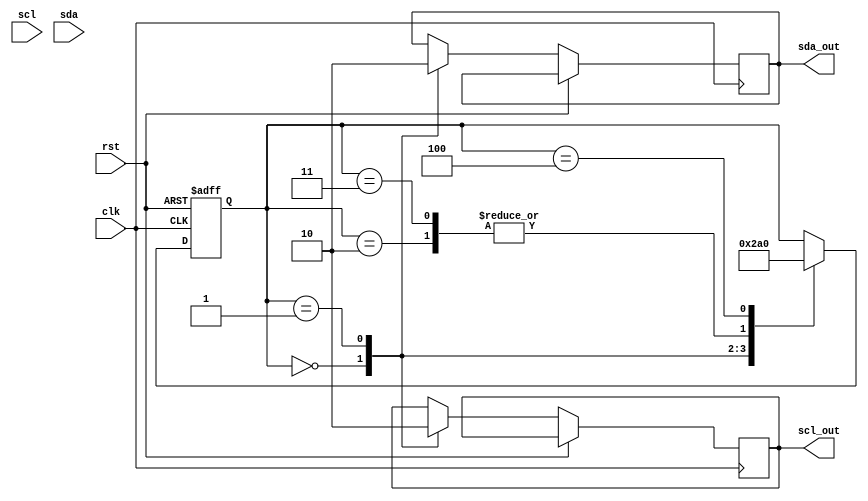
module i2c_timing_control (
    input wire clk,
    input wire rst,
    input wire scl,
    input wire sda,
    output reg scl_out,
    output reg sda_out
);

reg [2:0] state;
parameter IDLE = 0, START = 1, READ = 2, WRITE = 3, ACK = 4;

always @(posedge clk or posedge rst) begin
    if (rst) begin
        state <= IDLE;
    end else begin
        case (state)
            IDLE: begin
                scl_out <= 1;
                sda_out <= 1;
                state <= START;
            end
            START: begin
                scl_out <= 0;
                sda_out <= 0;
                state <= READ;
            end
            READ: begin
                // Data sampling and edge detection logic goes here
                state <= ACK;
            end
            WRITE: begin
                // Data sampling and edge detection logic goes here
                state <= ACK;
            end
            ACK: begin
                // Logic for managing arbitration and acknowledgment signals
                state <= IDLE;
            end
        endcase
    end
end

endmodule